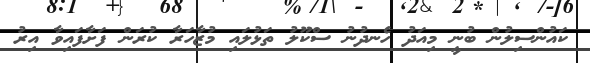
ކައުންސިލުން ބުނީ މިއަދު ހެނދުނު ސްކޫލު ތަޅުލައި މުޒާހަރާ ކުރަން ފަށާފައިވާ އިރު